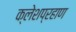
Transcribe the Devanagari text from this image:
क्लेशप्रहाण